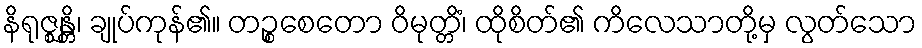
နိရုဇ္ဈန္တိ၊ ချုပ်ကုန်၏။ တဉ္စစေတော ဝိမုတ္တိံ၊ ထိုစိတ်၏ ကိလေသာတို့မှ လွတ်သော